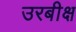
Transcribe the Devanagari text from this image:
उरबीक्ष